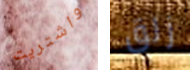
واشتريت زلق